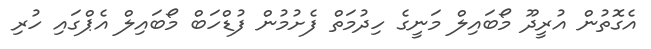
އެގޮތުން އުރީދޫ މޯބައިލް މަނީގެ ހިދުމަތް ފެށުމުން ފުޑްހަބް މޯބައިލް އެޕްގައި ހުރި